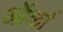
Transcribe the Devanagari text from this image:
ऑर्का